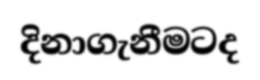
දිනාගැනීමටද